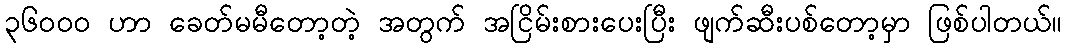
၃၆၀၀၀ ဟာ ခေတ်မမီတော့တဲ့ အတွက် အငြိမ်းစားပေးပြီး ဖျက်ဆီးပစ်တော့မှာ ဖြစ်ပါတယ်။